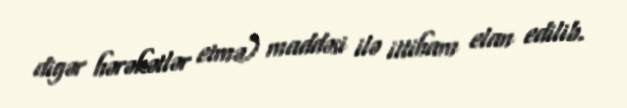
digər hərəkətlər etmə) maddəsi ilə ittiham elan edilib.